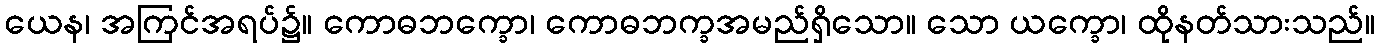
ယေန၊ အကြင်အရပ်၌။ ကောဓဘက္ခော၊ ကောဓဘက္ခအမည်ရှိသော။ သော ယက္ခော၊ ထိုနတ်သားသည်။